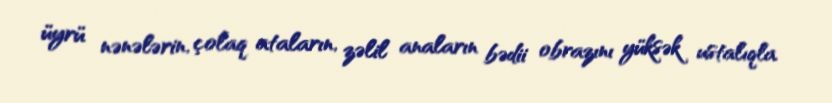
üyrü nənələrin, çolaq ataların, zəlil anaların bədii obrazını yüksək ustalıqla